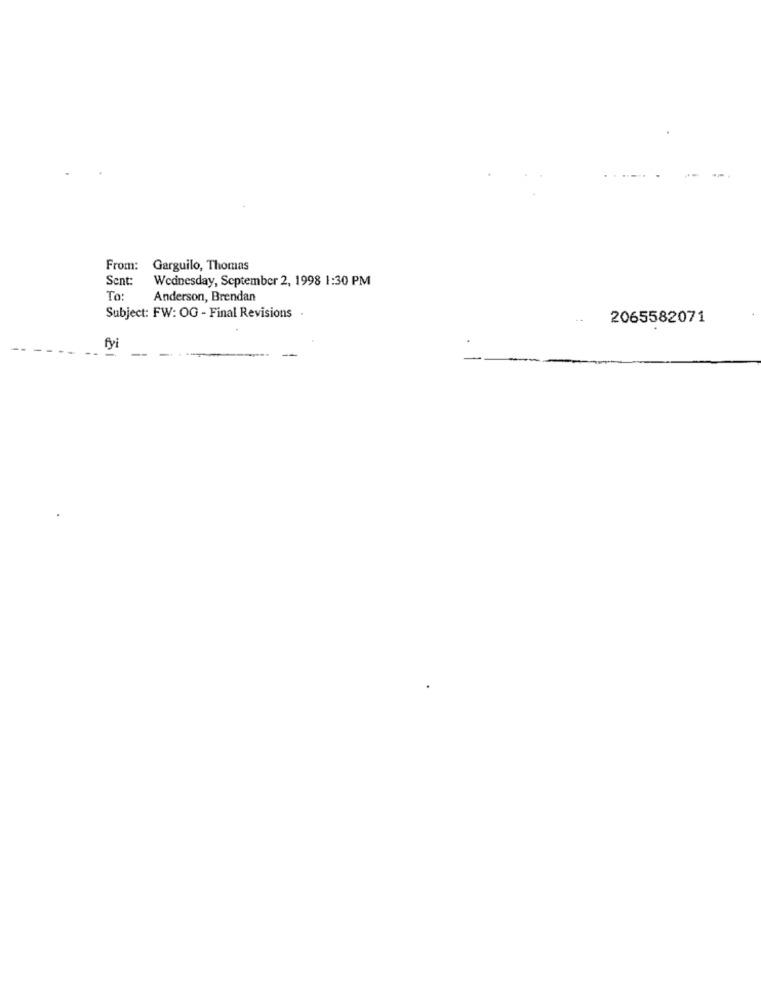
From:
Garguilo, Thomas
Sent:
Wednesday, September 2, 1998 1:30 PM
To:
Anderson, Brendan
Subject: FW: OG - Final Revisions .
2065582071
fyi